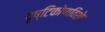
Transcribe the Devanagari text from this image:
दृष्टिकोणविशेष